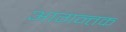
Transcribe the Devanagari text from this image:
आगन्तक